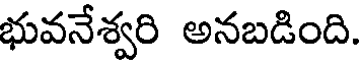
భువనేశ్వరి అనబడింది.